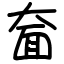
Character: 奤